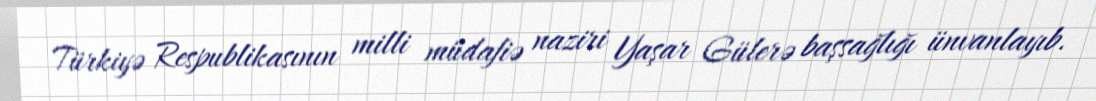
Türkiyə Respublikasının milli müdafiə naziri Yaşar Gülerə başsağlığı ünvanlayıb.